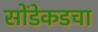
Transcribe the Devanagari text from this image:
सोंडेकडचा